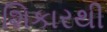
શિકારથી